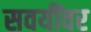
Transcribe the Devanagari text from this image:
सवयींवर